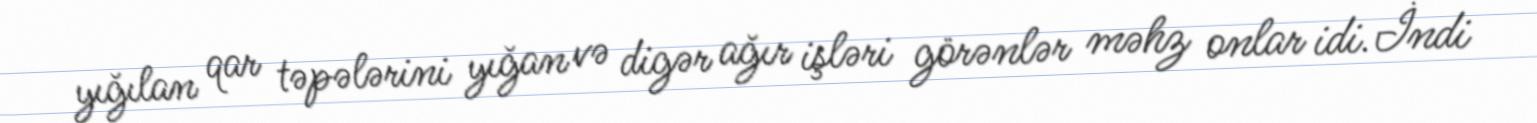
yığılan qar təpələrini yığan və digər ağır işləri görənlər məhz onlar idi.İndi